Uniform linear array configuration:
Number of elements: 4
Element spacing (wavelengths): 0.75
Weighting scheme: hamming
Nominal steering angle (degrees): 30
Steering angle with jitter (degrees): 31.039
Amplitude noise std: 0.05
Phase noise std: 0.05

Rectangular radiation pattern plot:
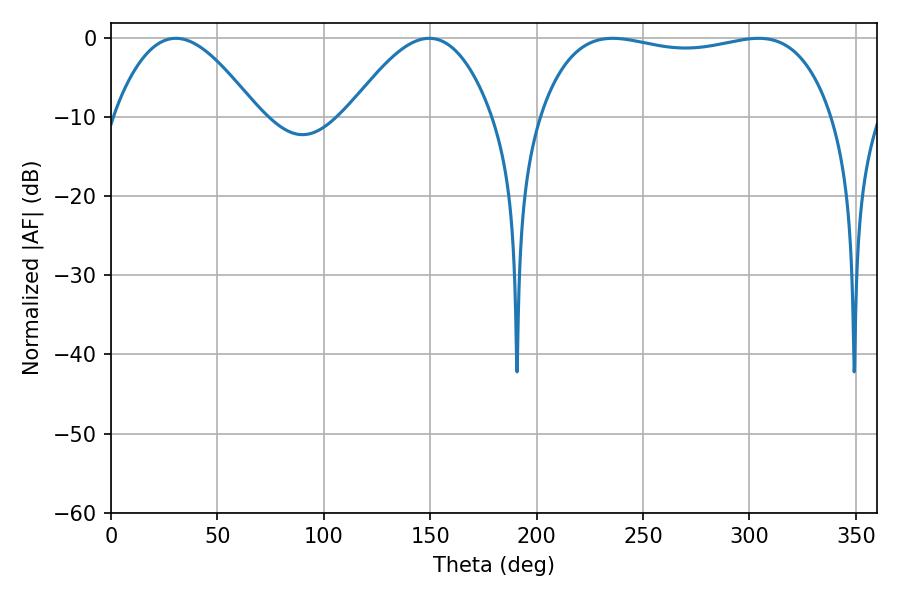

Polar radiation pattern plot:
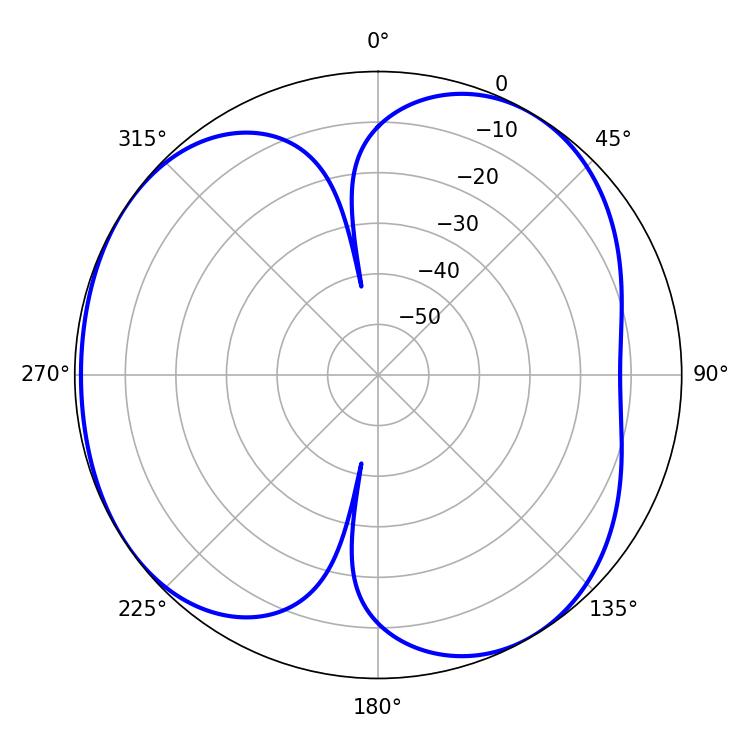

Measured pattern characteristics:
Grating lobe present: TRUE
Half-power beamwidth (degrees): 36.54
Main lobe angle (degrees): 30.42